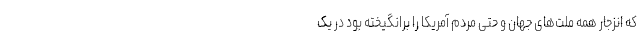
که انزجار همه ملت‌های جهان و حتی مردم آمریکا را برانگیخته بود در یک